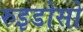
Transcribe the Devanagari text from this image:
रुइडोसो